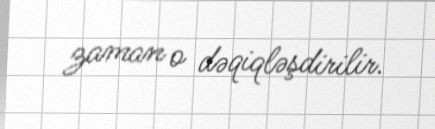
zaman o dəqiqləşdirilir.